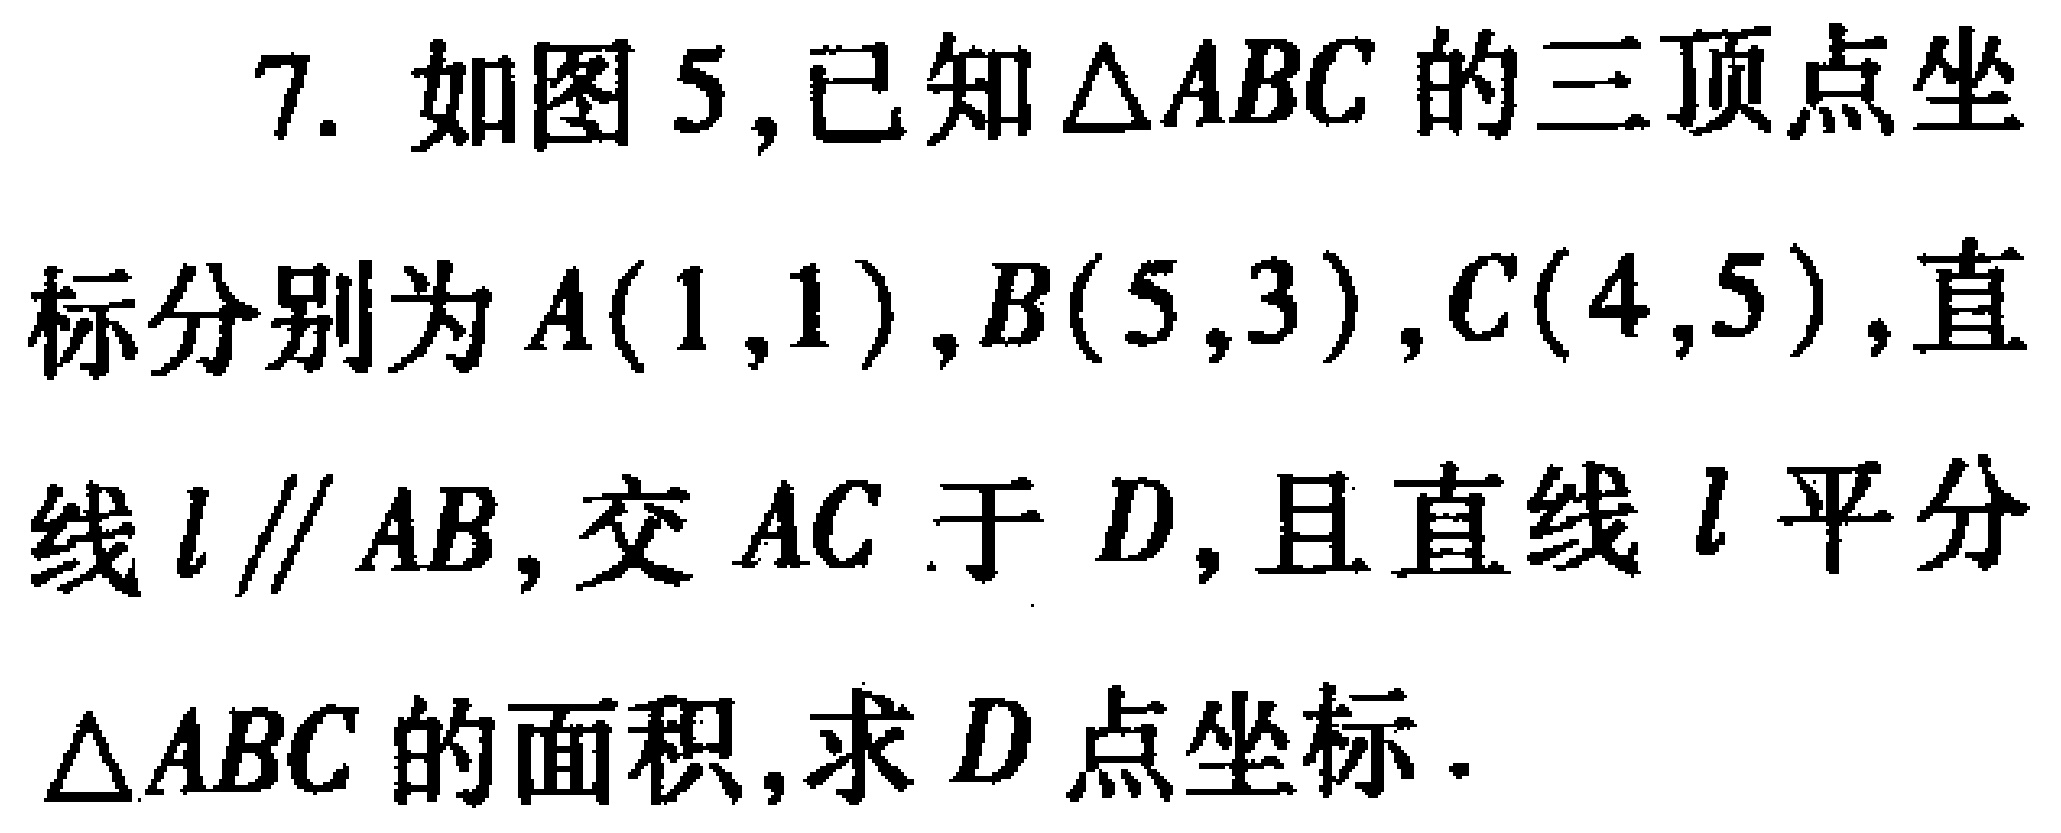
7. 如图5,已知\(\triangle ABC\)的三顶点坐
标分别为\(A(1,1)\),\(B(5,3)\),\(C(4,5)\),直
线\(l\parallel AB\),交\(AC\)于\(D\),且直线\(l\)平分
\(\triangle ABC\)的面积,求\(D\)点坐标.